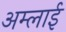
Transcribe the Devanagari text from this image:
अम्लाई